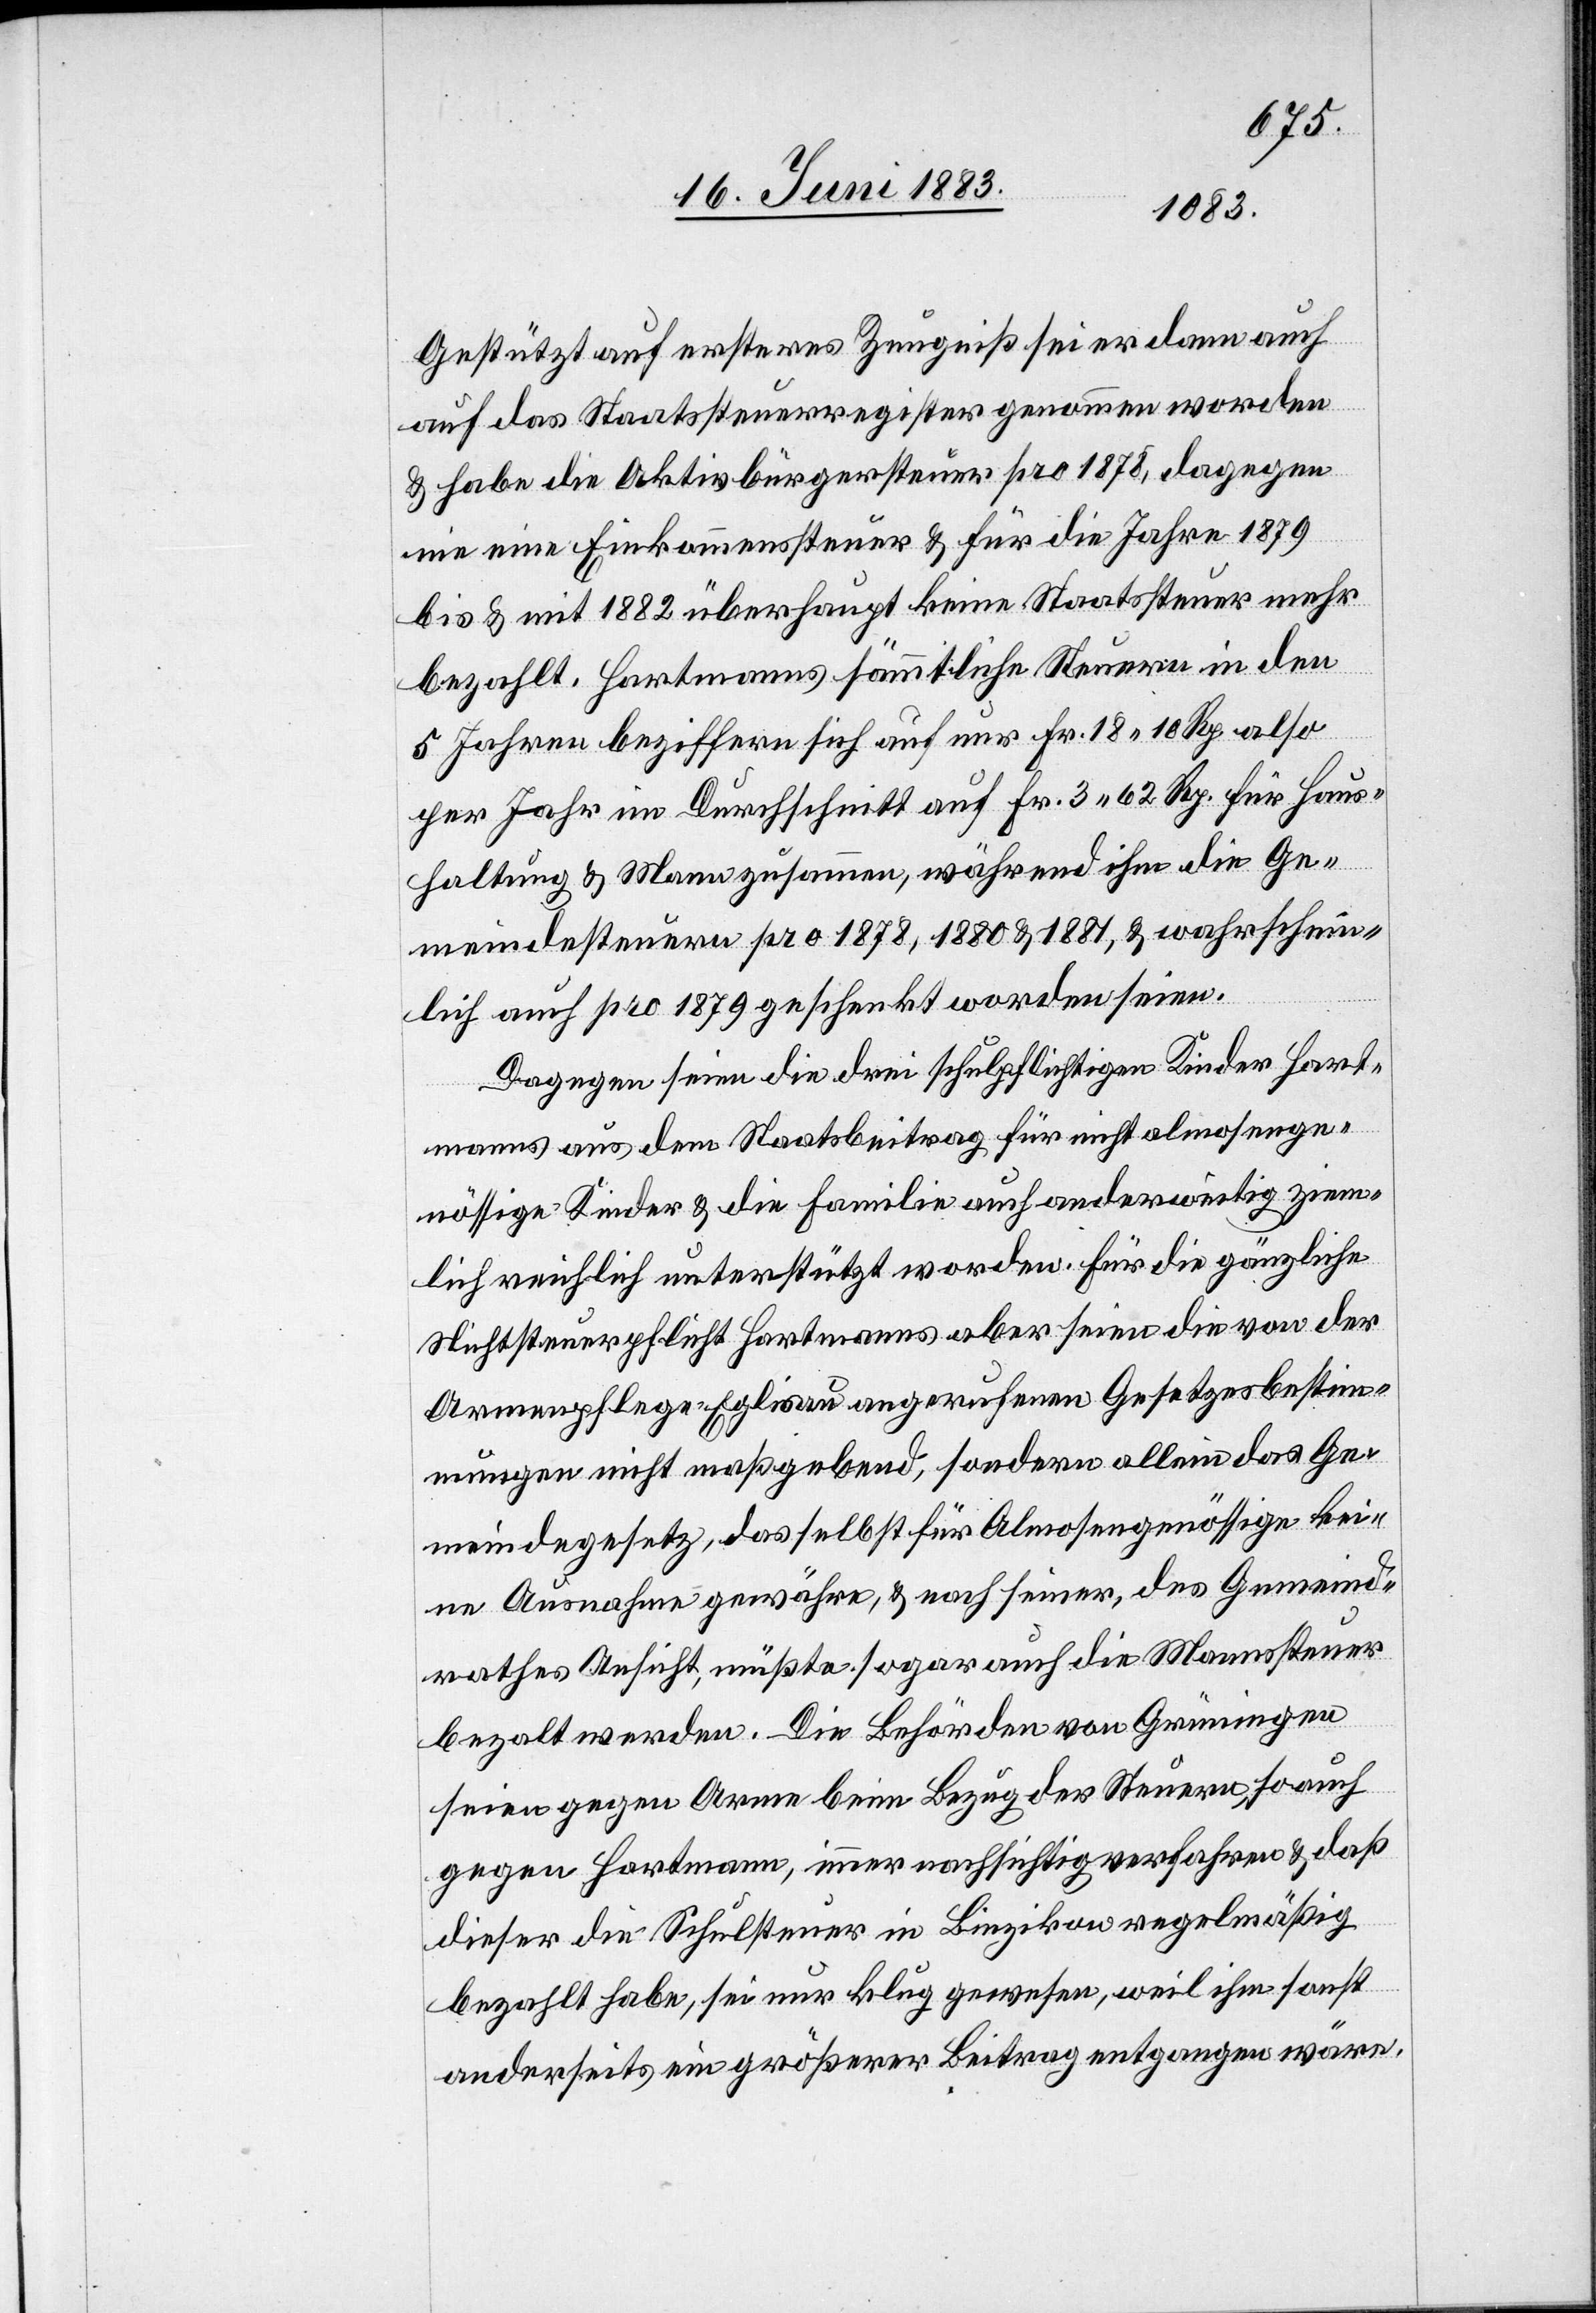
Gestützt auf ersteres Zeugniß sei er dann auch
auf das Staatssteuerregister genommen worden
& habe die Aktivbürgersteuer pro 1878, dagegen
nie eine Einkommenssteuer & für die Jahre 1879
bis & mit 1882 überhaupt keine Staatssteuer mehr
bezahlt. Hartmanns sämmtliche Steuern in den
5 Jahren beziffern sich auf nur Fr. 18 10 Rp. also
per Jahr im Durchschnitt auf Fr. 3 62 Rp. für Haus¬
haltung & Mann zusammen, während ihm die Ge¬
meindesteuern pro 1878, 1880 & 1881, & wahrschein¬
lich auch pro 1879 geschenkt worden seien.
Dagegen seien die drei schulpflichtigen Kinder Hart¬
manns aus dem Staatsbeitrag für nicht almosenge¬
nössige Kinder & die Familie auch anderweitig ziem¬
lich reichlich unterstützt worden. Für die gänzliche
Nichtsteuerpflicht Hartmanns aber seien die von der
Armenpflege Eglisau angerufenen Gesetzesbestim¬
mungen nicht maßgebend, sondern allein das Ge¬
meindegesetz, das selbst für Almosengenössige kei¬
ne Ausnahme gewähre, & nach seiner, des Gemeind¬
rathes Ansicht, müßte sogar auch die Mannssteuer
bezalt werden. Die Behörden von Grüningen
seien gegen Arme beim Bezug der Steuern, so auch
gegen Hartmann, immer nachsichtig verfahren & daß
dieser die Schulsteuer in Binzikon regelmäßig
bezahlt habe, sei nur klug gewesen, weil ihm sonst
anderseits ein größerer Beitrag entgangen wäre.